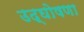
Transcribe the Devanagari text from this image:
उद्‌घोषणा